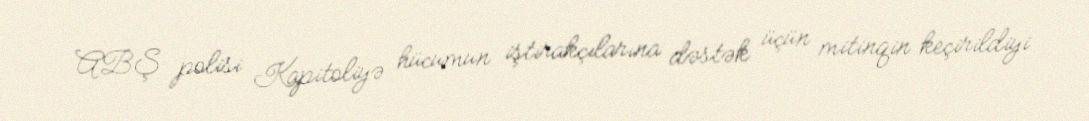
ABŞ polisi Kapitoliyə hücumun iştirakçılarına dəstək üçün mitinqin keçirildiyi